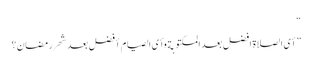
“
”أی الصلاة افضل بعد المکتوبة وأی الصیام أفضل بعد شهر رمضان؟